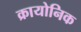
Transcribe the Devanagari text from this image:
क्रायोनिक